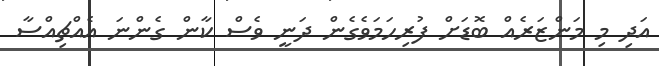
އަދި މި މަންޒަރެއް ބޮޑަށް ފުރިހަމަވެގެން ދަނީ ވެސް ކާން ގެންނަ އެއްޗިއްސާ